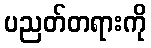
ပညတ်တရားကို